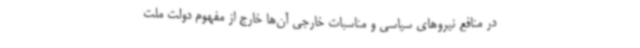
در منافع نیروهای سیاسی و مناسبات خارجی آن‌ها خارج از مفهوم دولت ملت